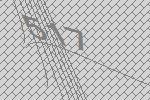
517